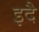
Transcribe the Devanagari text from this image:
इदै